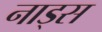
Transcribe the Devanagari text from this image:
नाड्स